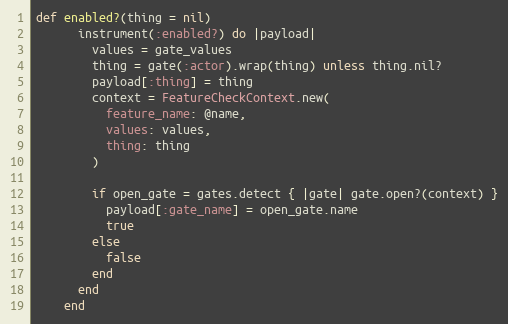
Language: Ruby
def enabled?(thing = nil)
      instrument(:enabled?) do |payload|
        values = gate_values
        thing = gate(:actor).wrap(thing) unless thing.nil?
        payload[:thing] = thing
        context = FeatureCheckContext.new(
          feature_name: @name,
          values: values,
          thing: thing
        )

        if open_gate = gates.detect { |gate| gate.open?(context) }
          payload[:gate_name] = open_gate.name
          true
        else
          false
        end
      end
    end